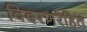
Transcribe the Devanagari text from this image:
विदरणरहित